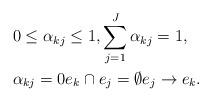
LaTeX: \begin{align*}& 0\leq\alpha_{kj}\leq 1, \sum_{j=1}^{J}\alpha_{kj}=1, \\& \alpha_{kj}=0 e_k\cap e_j=\emptyset e_j\to e_k.\end{align*}